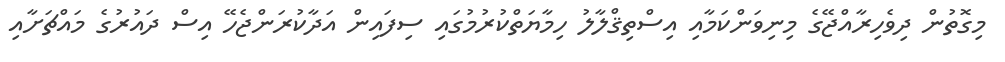
މިގޮތުން ދިވެހިރާއްޖޭގެ މިނިވަންކަމާއި އިސްތިޤްލާލު ހިމާޔަތްކުރުމުގައި ސިފައިން އަދާކުރަންޖެހޭ އިސް ދައުރުގެ މައްޗަށާއި